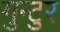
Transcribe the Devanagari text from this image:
गुन्टुर